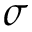
\sigma